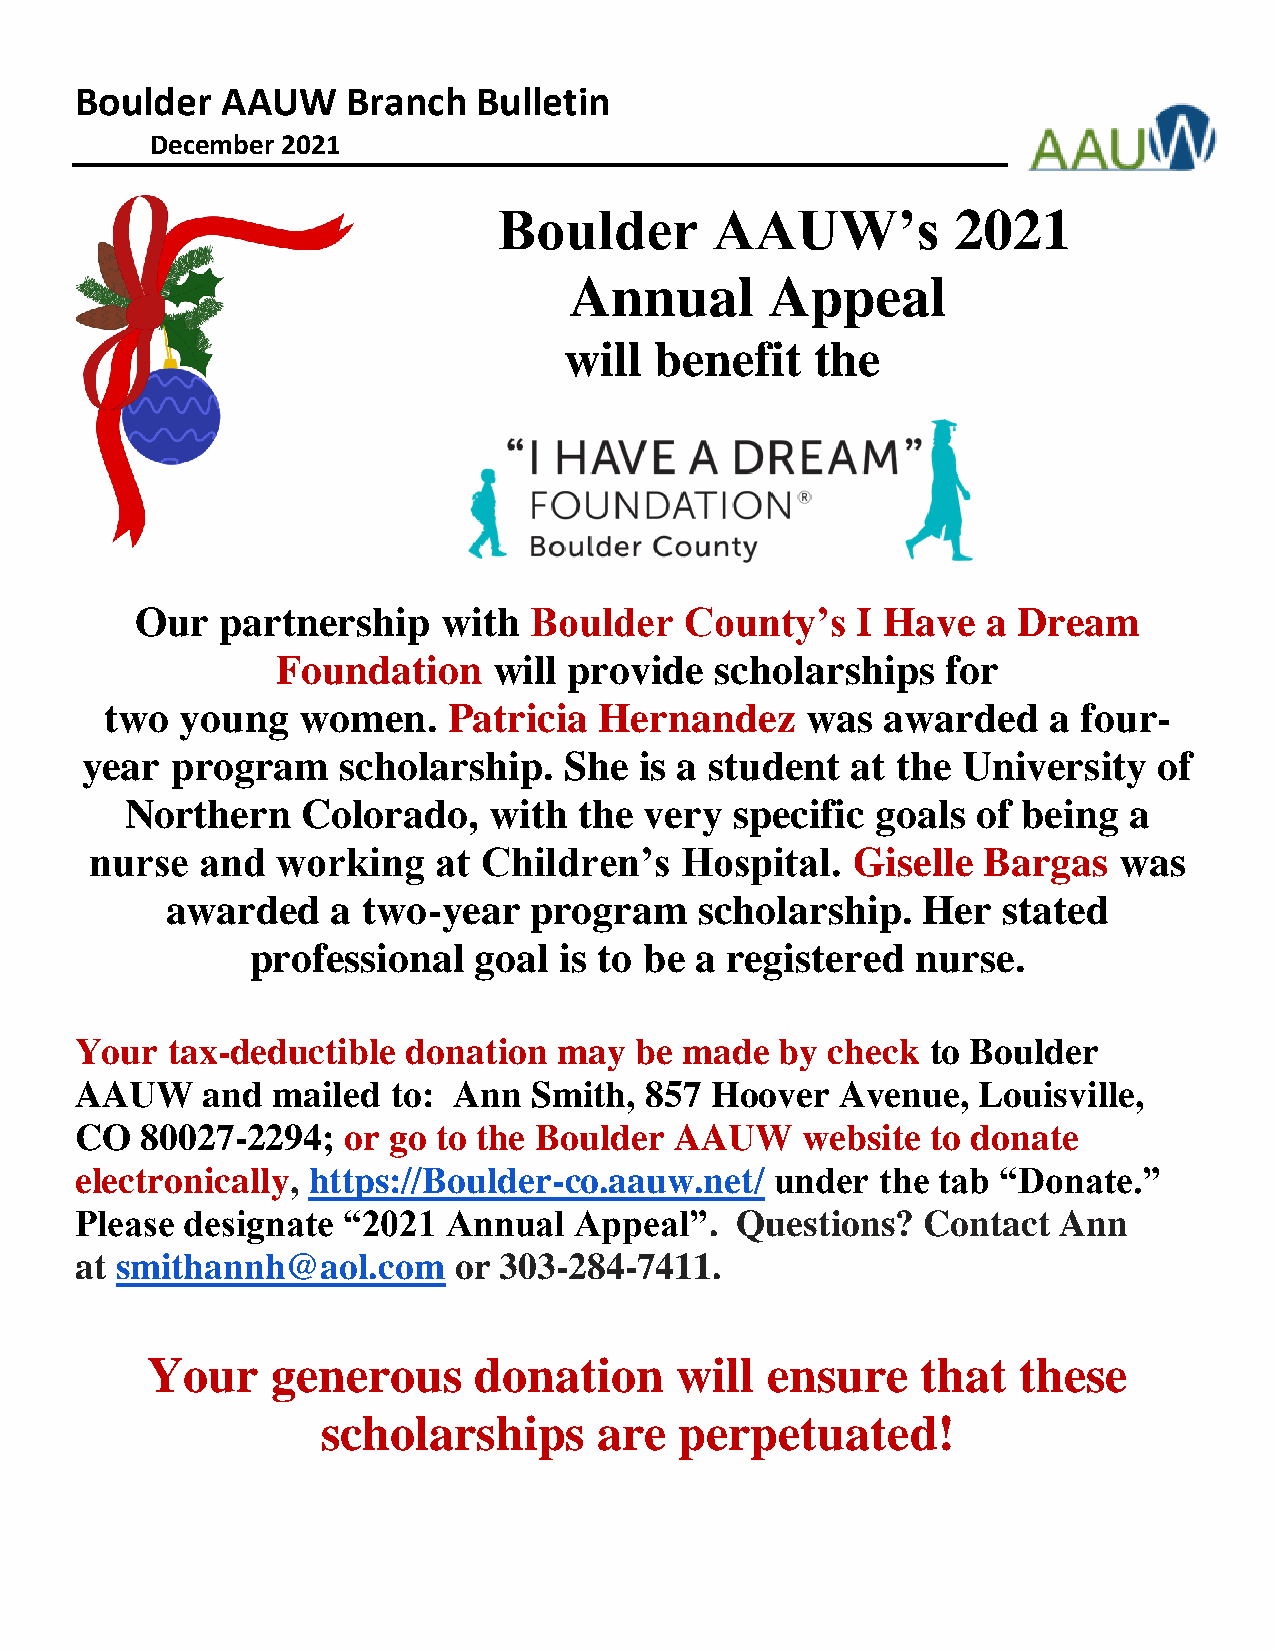
Boulder   AAUW    Branch   Bulletin
 December 2021
 Boulder       AAUW’s          2021
 Annual       Appeal
 will  benefit    the
 Our   partnership   with  Boulder   County’s    I Have  a Dream
 Foundation     will provide  scholarships    for
 two  young   women.    Patricia  Hernandez    was   awarded   a  four-
 year  program    scholarship.   She  is a student  at the  University   of
 Northern    Colorado,   with  the  very  specific goals  of being  a
 nurse  and  working    at Children’s   Hospital.  Giselle  Bargas   was
 awarded    a two-year   program    scholarship.   Her  stated
 professional  goal  is to be a registered   nurse.
 Your  tax-deductible  donation  may  be made   by check  to Boulder
 AAUW    and  mailed  to: Ann  Smith,  857 Hoover   Avenue,  Louisville,
 CO  80027-2294;   or go to the Boulder  AAUW    website  to donate
 electronically, https://Boulder-co.aauw.net/  under  the tab “Donate.”
 Please designate  “2021  Annual  Appeal”.   Questions?  Contact  Ann
 at smithannh@aol.com     or 303-284-7411.
 Your    generous     donation      will  ensure    that  these
 scholarships       are  perpetuated!